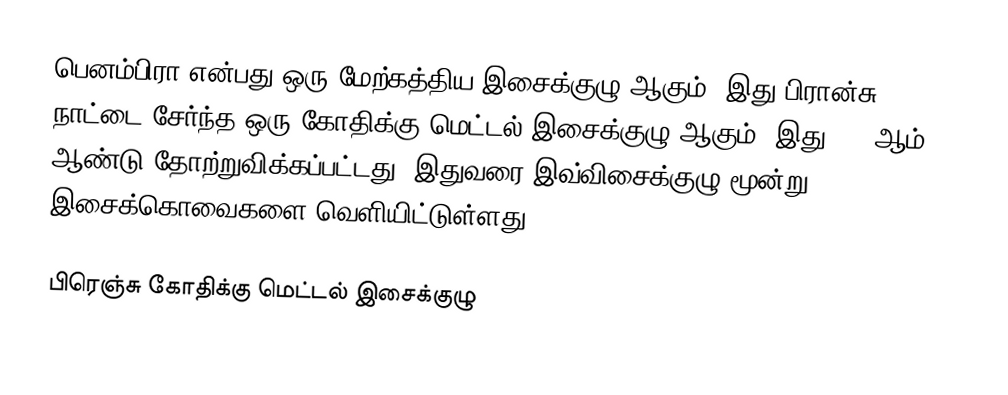
பெனம்பிரா என்பது ஒரு மேற்கத்திய இசைக்குழு ஆகும். இது பிரான்சு நாட்டை சேர்ந்த ஒரு கோதிக்கு மெட்டல் இசைக்குழு ஆகும். இது 1996ஆம் ஆண்டு தோற்றுவிக்கப்பட்டது. இதுவரை இவ்விசைக்குழு மூன்று இசைக்கொவைகளை வெளியிட்டுள்ளது.

பிரெஞ்சு கோதிக்கு மெட்டல் இசைக்குழு